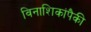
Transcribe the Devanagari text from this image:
विनाशिकांपैकी